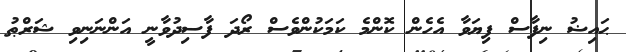
ޙައިޟު ނިފާސް ފިޔަވާ އެހެން ކޮންމެ ކަމަކުންވެސް ރޯދަ ފާސިދުވާނީ އަންނަނިވި ޝަރްޠު